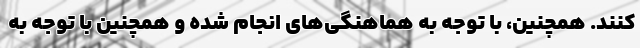
‌کنند. همچنین، با توجه به هماهنگی‌های انجام شده و همچنین با توجه به